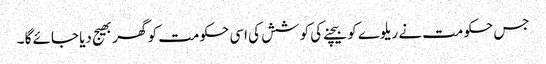
جس حکومت نے ریلوے کو بیچنے کی کوشش کی اسی حکومت کو گھر بھیج دیا جائے گا ۔